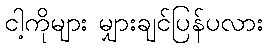
ငါ့ကိုများ မျှားချင်ပြန်ပလား